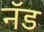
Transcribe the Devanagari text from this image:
नॅड